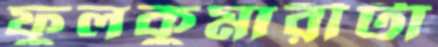
ফুলকুমারীটা